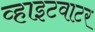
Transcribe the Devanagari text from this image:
व्हाइटवाटर